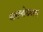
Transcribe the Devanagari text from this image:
बाराबोड्याचं